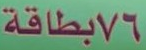
76بطاقة